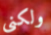
ولكنى